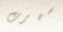
سهرت